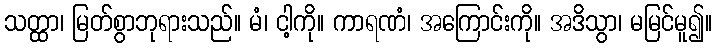
သတ္ထာ၊ မြတ်စွာဘုရားသည်။ မံ၊ ငါ့ကို။ ကာရဏံ၊ အကြောင်းကို။ အဒိသွာ၊ မမြင်မူ၍။